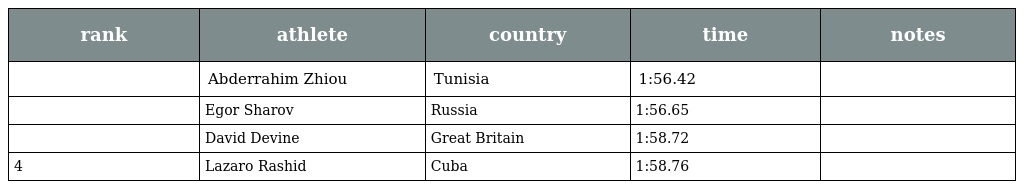
| rank | athlete | country | time | notes |
 | --- | --- | --- | --- | --- |
 |  | Abderrahim Zhiou | Tunisia | 1:56.42 |  |
 |  | Egor Sharov | Russia | 1:56.65 |  |
 |  | David Devine | Great Britain | 1:58.72 |  |
 | 4 | Lazaro Rashid | Cuba | 1:58.76 |  |